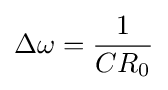
\Delta \omega ={\frac {1}{CR_{0}}}